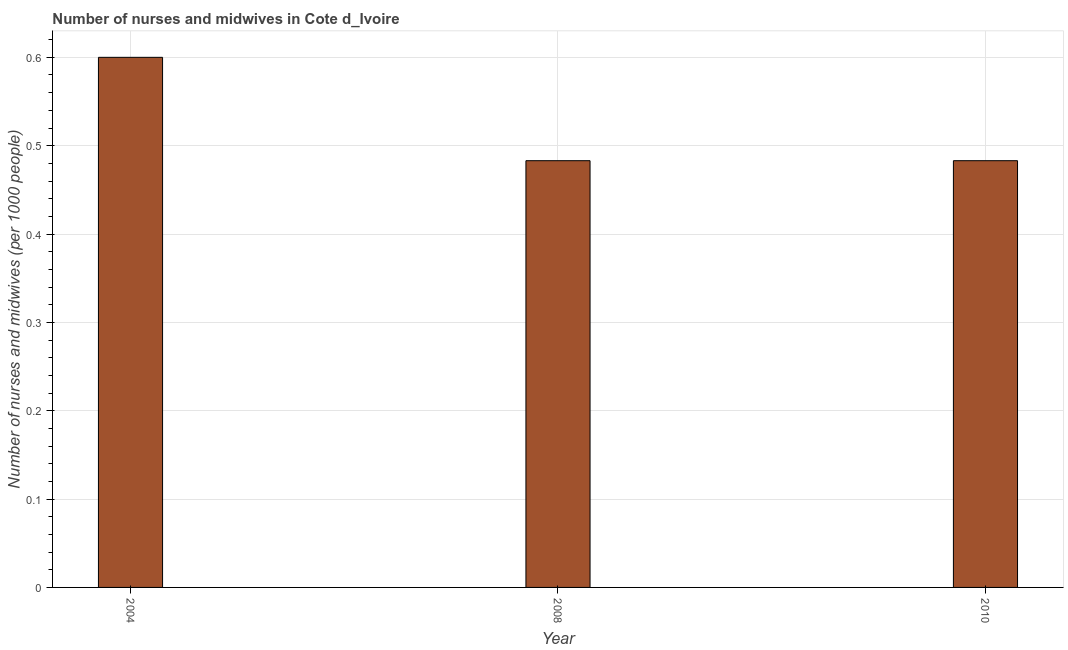
| Year | Nurses and midwives |
 | --- | --- |
 | 2004 | 0.6 |
 | 2008 | 0.483 |
 | 2010 | 0.483 |